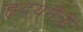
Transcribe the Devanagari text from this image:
हृदयमैत्री